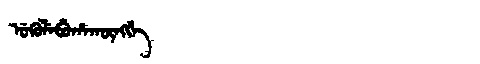
Manchu: ᡠᡴᡠᠯᡝᠪᡠᡥᠠᡴᡡᠩᡤᡝ
Romanization: UKULEBUHAKŪNGGE